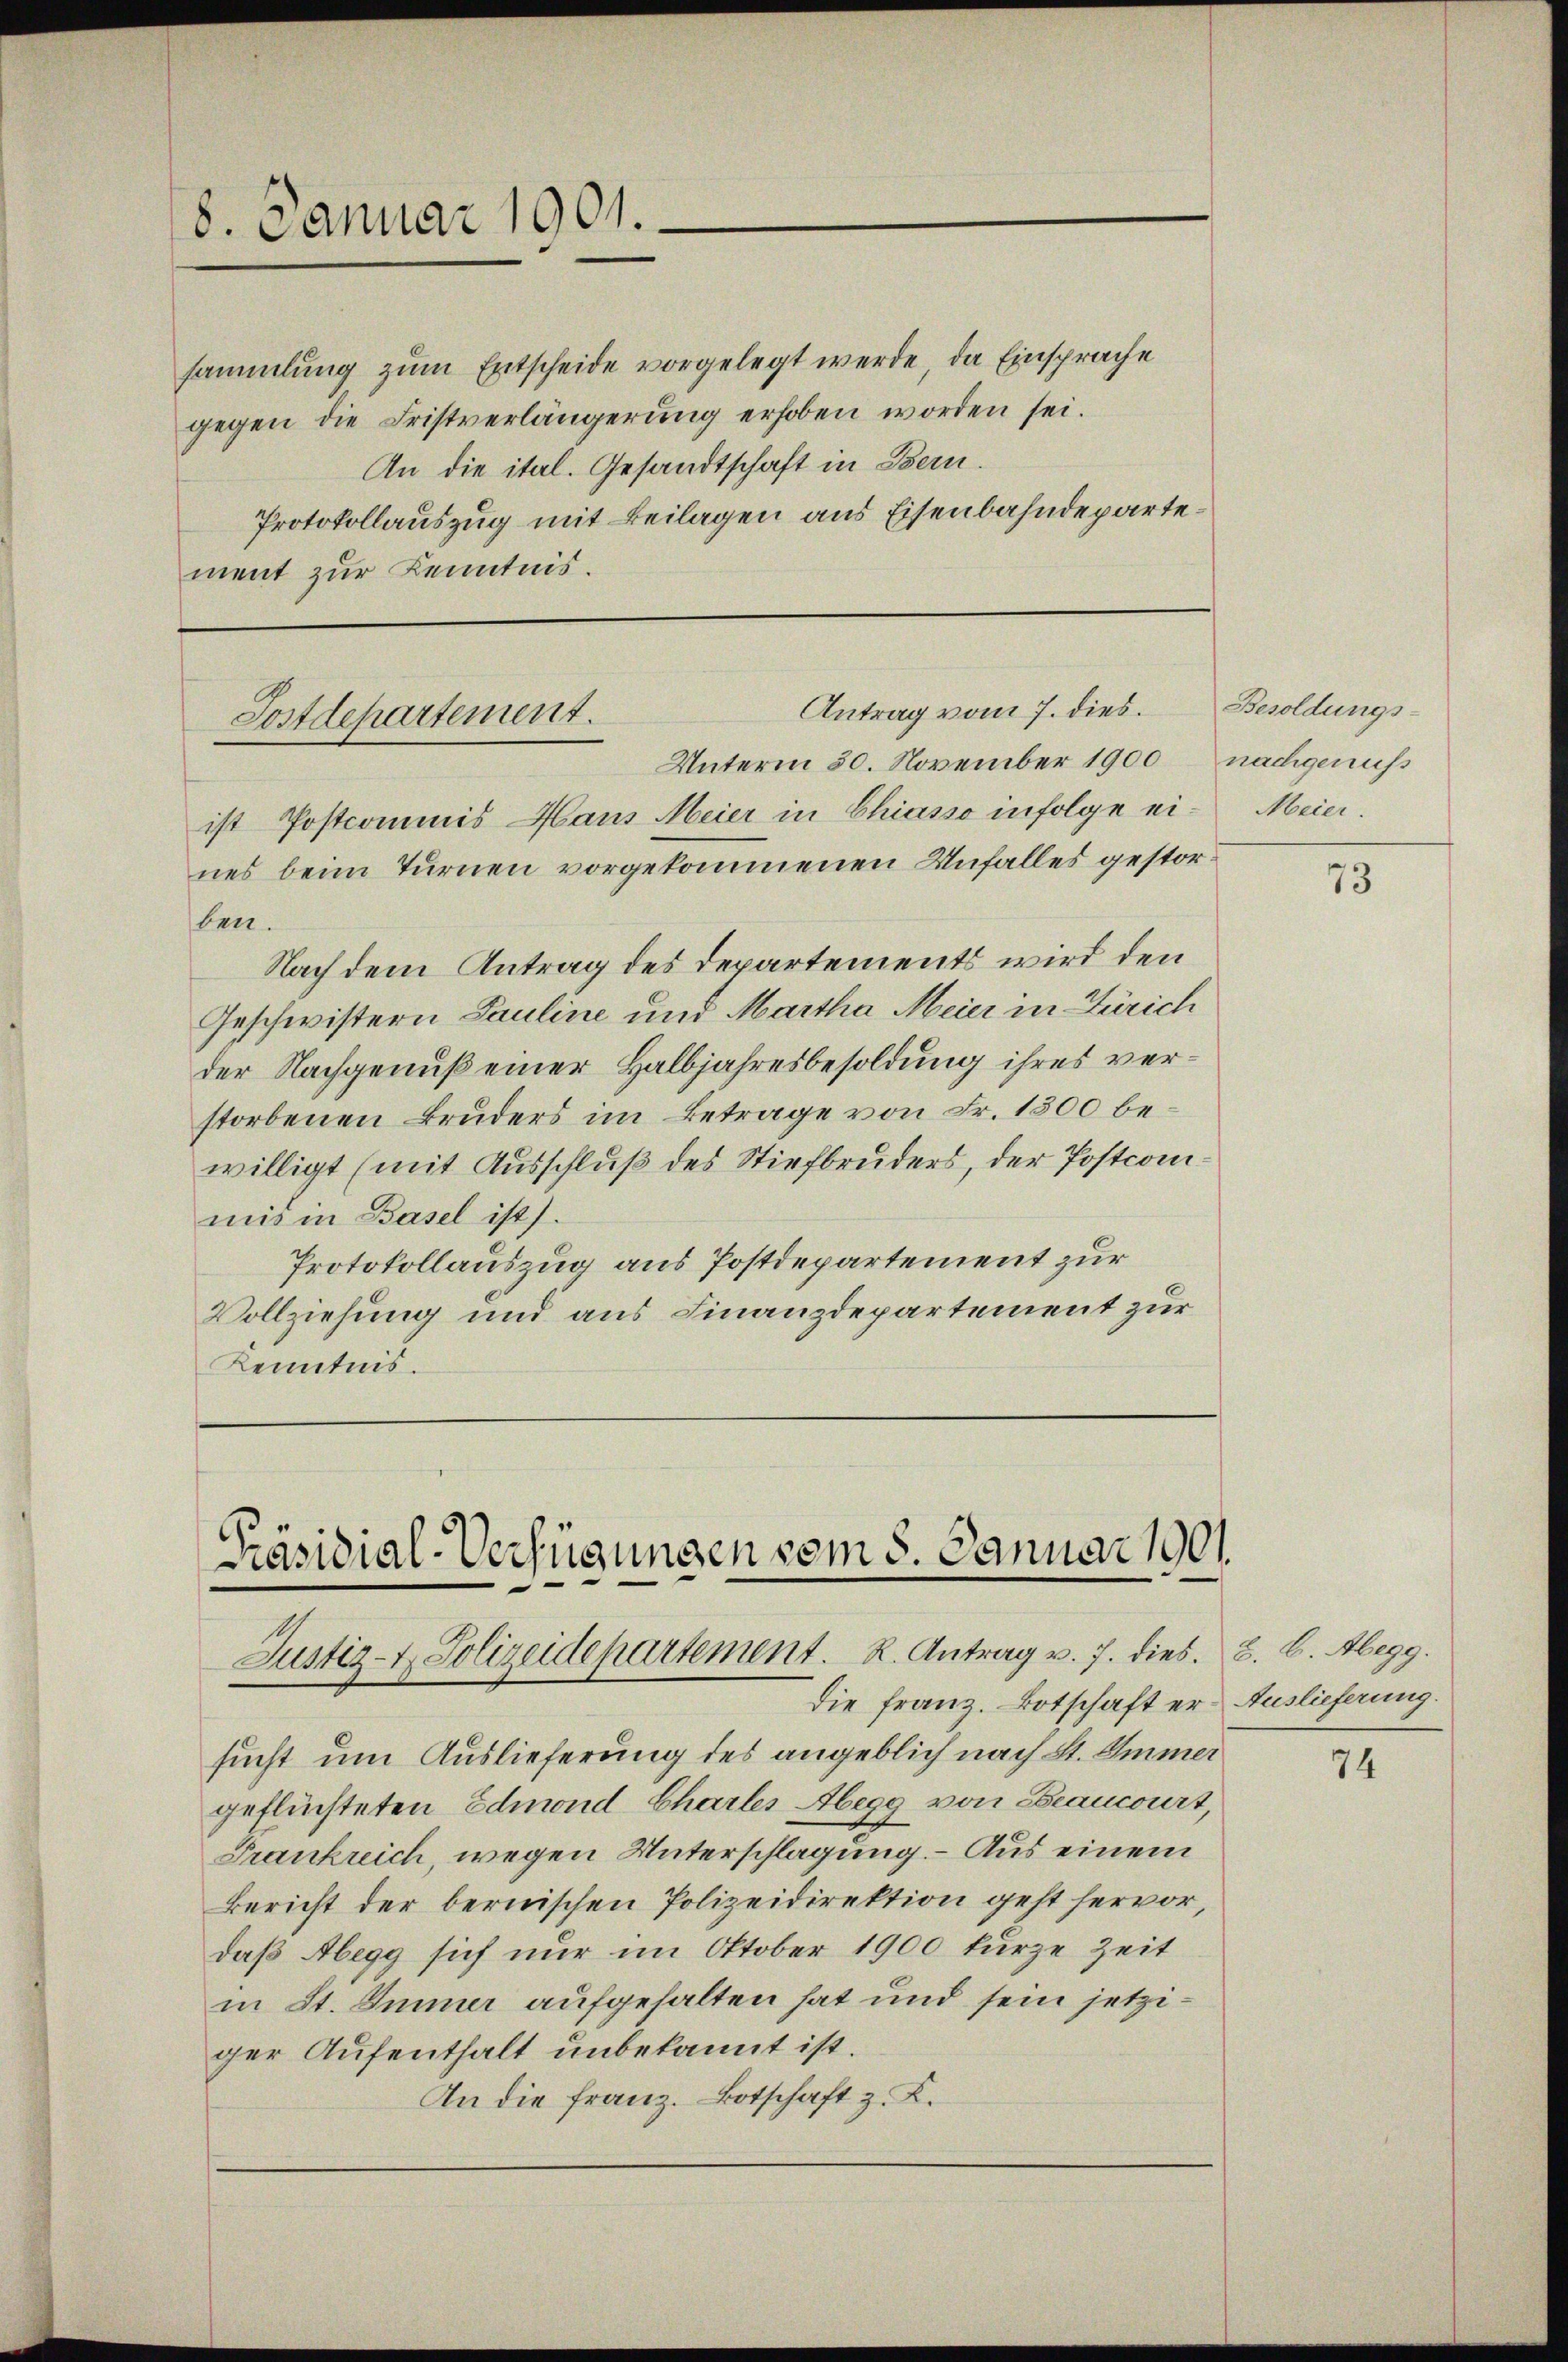
8. Januar 1901.

gegen die Fristverlängerŭng erhoben worden sei.
An die ital. Gesandtschaft in Bern.
Protokollauszug mit Beilagen aus Eisenbahndepartement zur Kenntnis.

ist Postcommis Haus Meier in Chiasso infolge eines beim Turnen vorgekommenen Unfalles gestorben.
Nach dem Antrag des Departements wird den
Geschwistern Pauline und Martha Meier in Zürich
der Nachgenuß einer Halbjahresbesoldung ihres verstorbenen Bruders im Betrage von Fr. 1500 bewilligt (mit Ausschluß des Stiefbruders, der Postcomimis in Basel ist).
Protokollauszug aus Postdepartement zur
Vollziehung und aus Finanzdepartement zur
Kenntnis.

Antrag vom 7. dies. Besoldungs¬
Postdepartement.
Unterm 30. November 1900 nachgenuss

sammlung zum Entscheide vorgelegt werde, da Einsprache

Präsidial-Verfügungen vom 8. Januar 1901
Justiz- & Polizeidepartement. K. Antrag v. 7. dies. Z. B. Abegg.
Die Franz. Botschaft er Auslieferung.

Maier.

sucht um Auslieferung des angeblich nach St. Immer
geflüchteten Edmond Chartes Abegg von Brancourt,
Frankreich, wegen Unterschlagung. – Aus einem
Bericht der bernischen Polizeidirektion geht hervor,
daß Abegg sich nur im Oktober 1900 kurze Zeit
in St. Immer aufgehalten hat und sein jetziger Aufenthalt unbekannt ist.
An die Franz. Botschaft z. K.

73

74